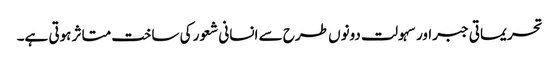
تحریماتی جبراور سہولت دونوں طرح سے انسانی شعور کی ساخت متاثر ہوتی ہے۔